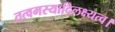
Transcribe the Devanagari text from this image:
तत्वमस्यादिलक्ष्यत्व।